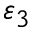
\varepsilon _ { 3 }